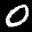
Label: 0